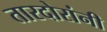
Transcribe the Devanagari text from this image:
तारदोरांनी